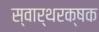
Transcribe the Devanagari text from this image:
स्वार्थरक्षक